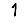
Digit: 1